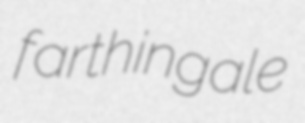
farthingale